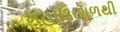
મહાઉછાળથી